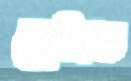
ছেটাত